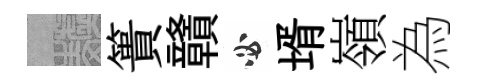
熙簣贛必壻嶺為